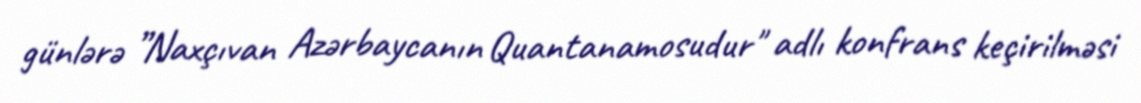
günlərə ”Naxçıvan Azərbaycanın Quantanamosudur" adlı konfrans keçirilməsi